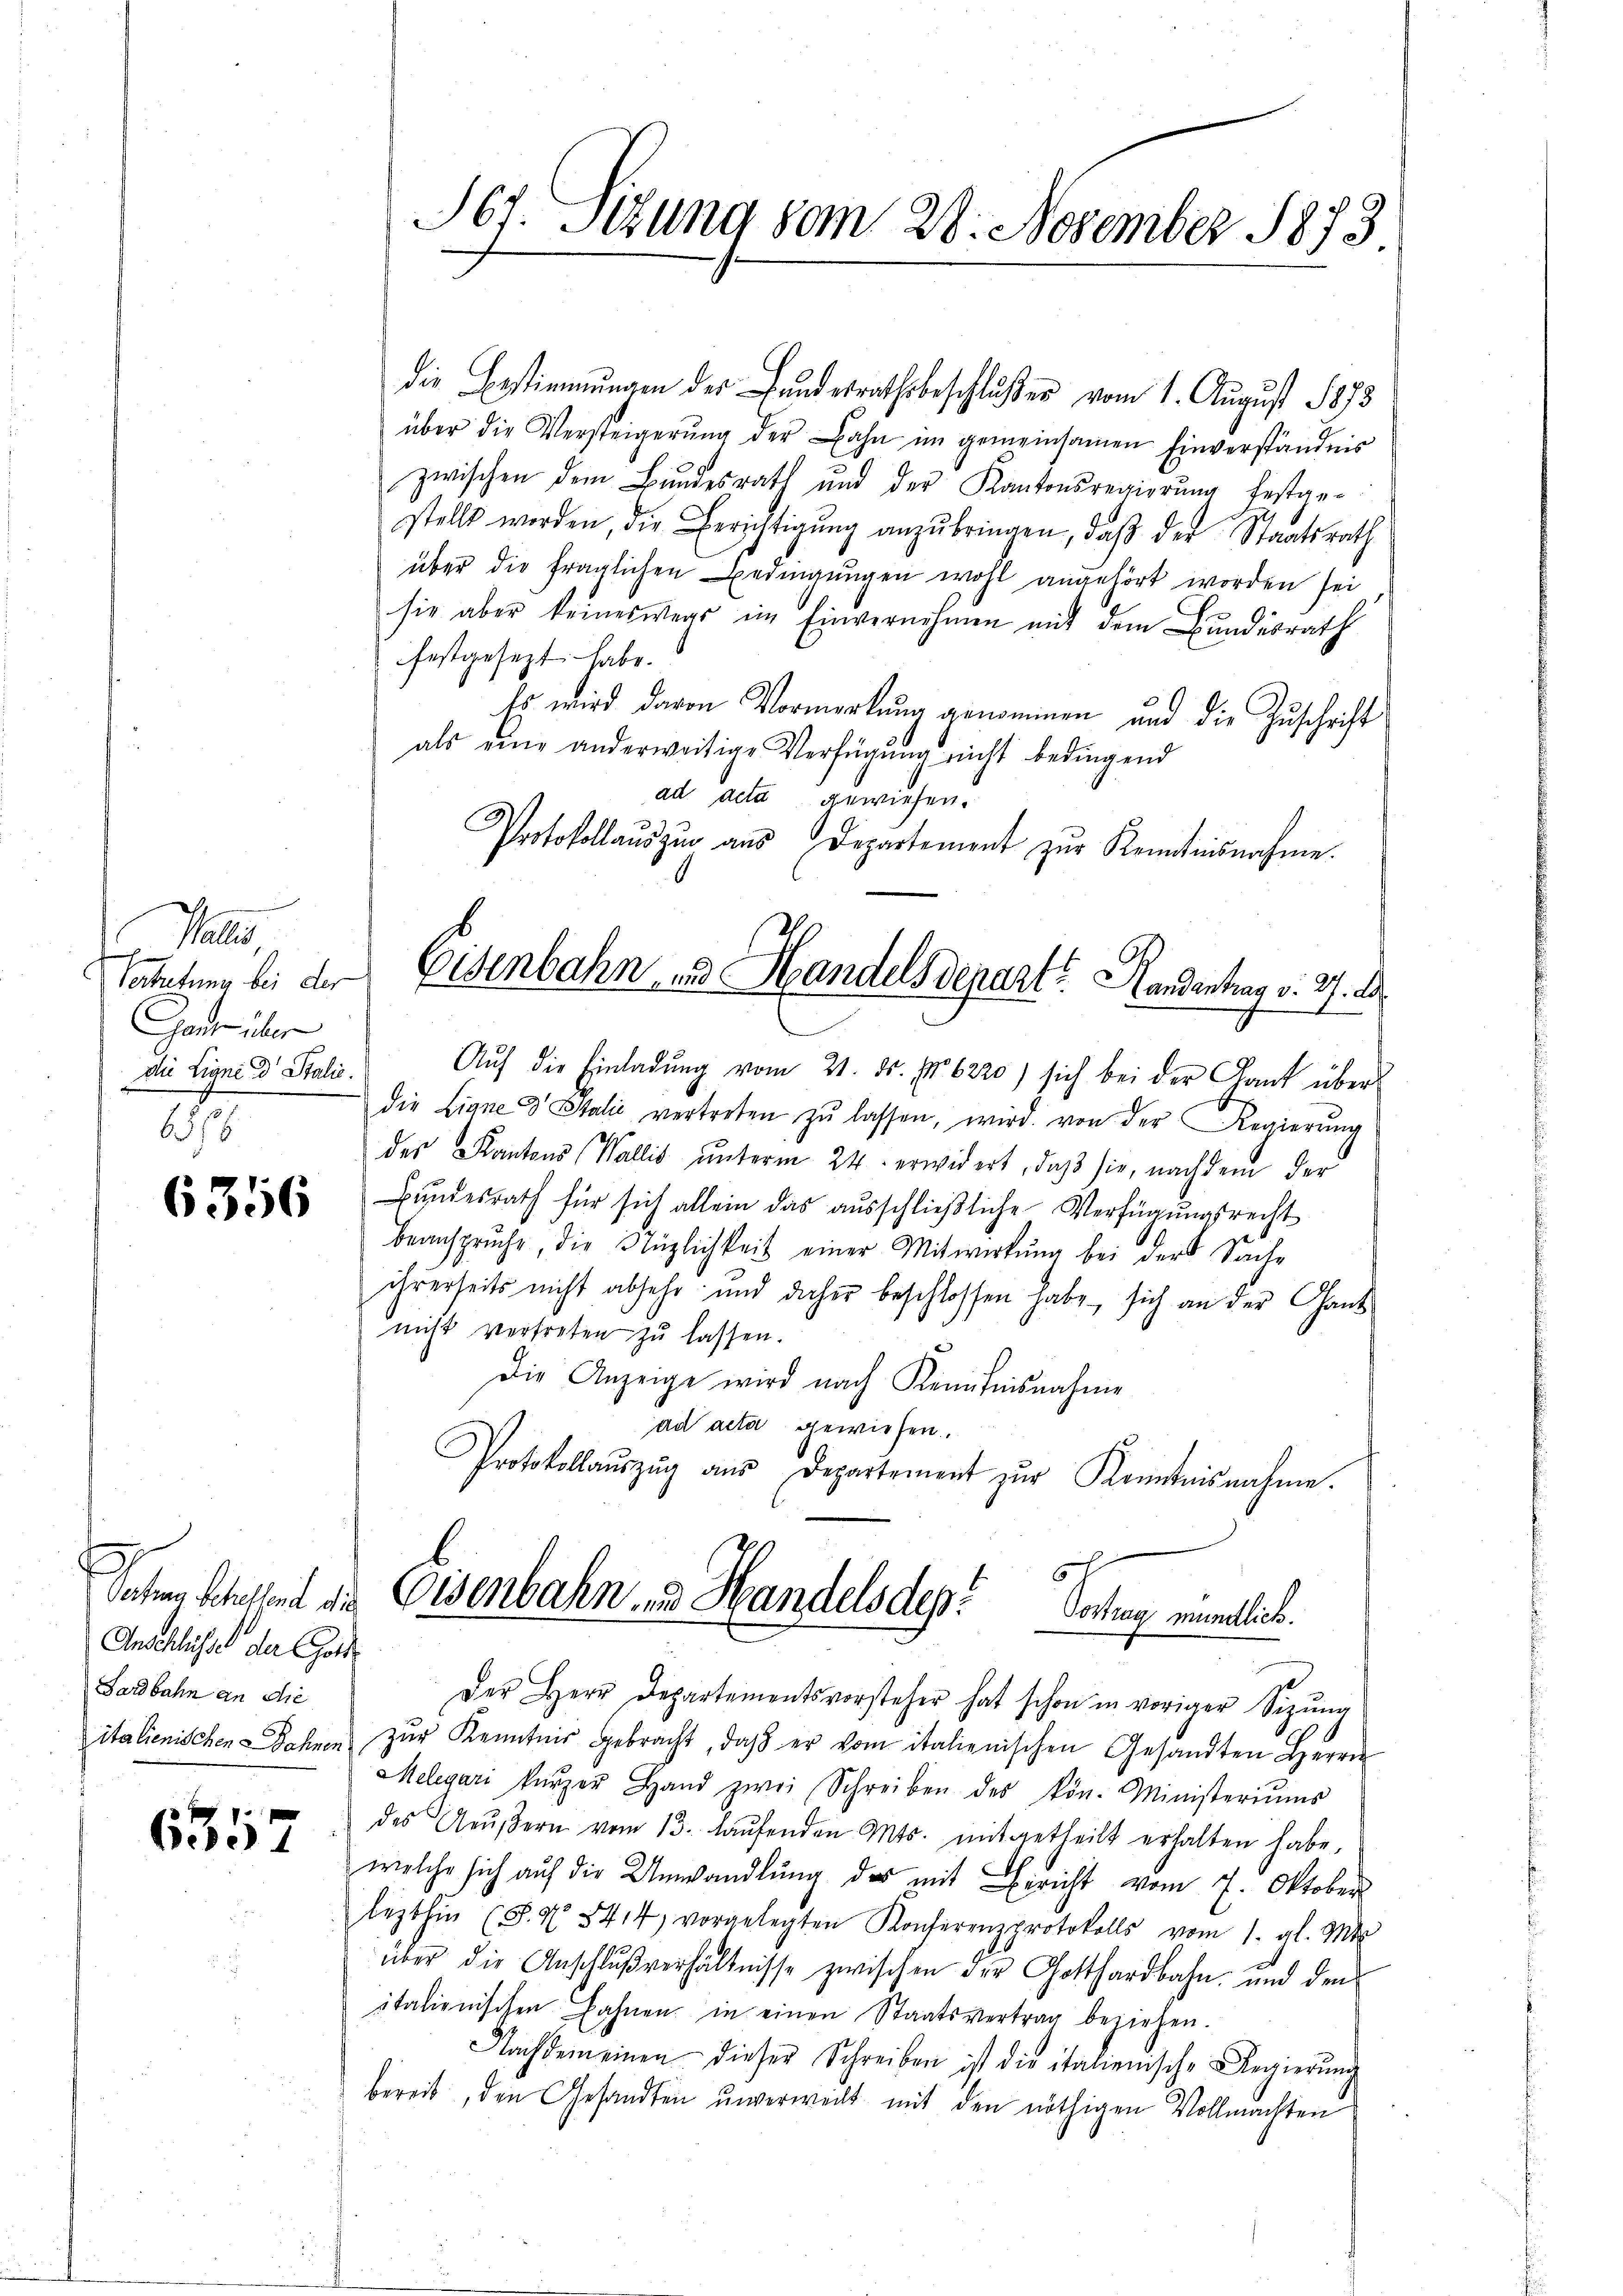
f 1
Gant über
Die Ligne d. Stalić.

6356

Sachen Stellert die
Anschlüsse der Gold
Sardbahn an die

6357

die Bestimmungen der Landesrathsbeschlŭβer vom 1. August 1873
über die Versteigerŭng der Bahn im gemeinsamen Einverständnis
zwischen dem Bundesrath und der Kantonsregierung bestan-
stellt werden, die Berichtigŭng anzŭbringen, daβ der Staatsrath
über die fraglichen Bedingungen wohl angehört worden sei
sie aber keineswegs im Einvernehmen mit dem Bundesrath
festgesezt habe.
Es wird davon Vormerkung genommen und die Zuschrift
als eine anderweitige Verfügung nicht bedingend
ad acta gewiesen.
Protokollaŭszŭg aŭs Departement zŭr Kenntnisnahme.
Cattung bei der Eisenbahn und Handelsdeparte Handentrag v. 27. d.
Aŭf die Einladŭng vom 21. ds. No 6220) sich bei der Gant über
die Ligne d Italić vertreten zŭ lassen, wird. von der Regierŭng
des Kantons (Wallis unterm 24. erwidert, daß sie, nachdem der
Bundesrath für sich allein das ausschließliche Verfügungsrecht
beanspruche, die Nüglichkeit einer Mitwirkung bei der Sache
ihrerseits nicht absehr und daher beschlossen habe, sich an der Gant
nicht vertreten zu lassen.
Die Anzeige wird nach Kenntnisnahme
ad acta gewiesen.
Protokollaŭszŭg aŭs Departement zŭr Kenntnisnahme.

St. Sitzung vom 28. November 1873

6
Eisenbahn, und Handels des Vortrag mündlich.
Der Herr Departementsvorsteher hat schon in voriger Sizŭng

italienischen Dahnen zŭr Kenntnis gebracht, daß er vom italienischen Gesandten Herrn
Melegari kürzer Hand zwei Schreiben des kön. Ministeriŭms
des Aeŭβern vom 13. laŭfenden Mts. mitgetheilt erhalten habe,
welche sich aŭf die Umwandlŭng des mit Bericht vom 7. Oktober
lezthin (S. N 5414, vorgelegten Konferenzprotokolls vom 1. gl. Mts.
über die Anschlußverhältnisse zwischen der Gotthardbahn, und den
italienischen Bahnen in einen Staatsvertrag beziehen.
Nachdem einen dieser Schreiben ist die italienische Regierŭng
bereit, den Gesandten unverweilt mit den nöthigen Vollmachten